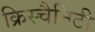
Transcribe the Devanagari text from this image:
क्रिस्चैनिटी